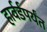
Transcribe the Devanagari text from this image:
हार्वर्डपर्यंत